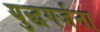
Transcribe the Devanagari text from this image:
युद्धगर्जना